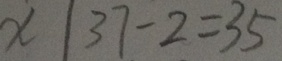
x \vert 3 7 - 2 = 3 5